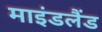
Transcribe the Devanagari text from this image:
माइंडलैंड